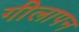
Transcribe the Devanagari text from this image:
गीलापन